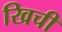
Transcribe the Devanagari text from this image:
खिची